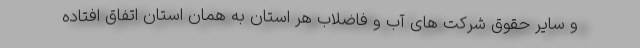
و سایر حقوق شرکت های آب و فاضلاب هر استان به همان استان اتفاق افتاده